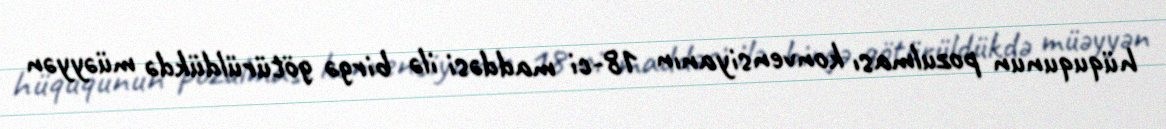
hüququnun pozulması konvensiyanın 18-ci maddəsi ilə birgə götürüldükdə müəyyən